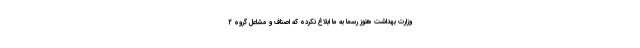
وزارت بهداشت هنوز رسماً به ما ابلاغ نکرده که اصناف و مشاعل گروه ۲